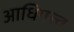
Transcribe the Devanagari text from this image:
आधिपत्त्व